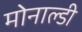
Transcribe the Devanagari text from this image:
मोनाल्डी